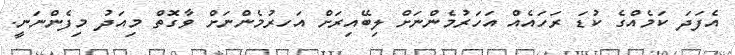
އެފަދަ ކަމެއްގެ ކުޑަ ރަހައެއް އަހަރުމެންނަށް ލިބޭއިރަށް އަހރުމެންނަށް ވާގޮތް މިއަދު މިފެންނަނީ.